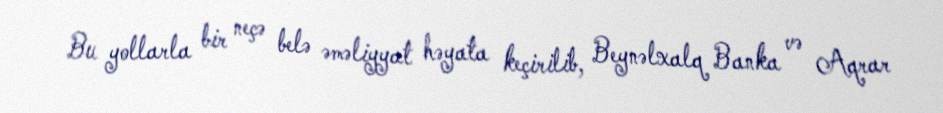
Bu yollarla bir neçə belə əməliyyat həyata keçirilib, Beynəlxalq Banka və Aqrar